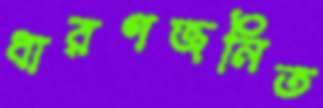
ধারণজনিত